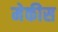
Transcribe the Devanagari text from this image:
मेकीस